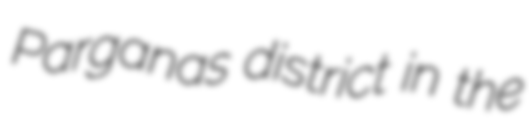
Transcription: Parganas district in the